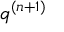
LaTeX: { \mathfrak { q } } ^ { ( n + 1 ) }